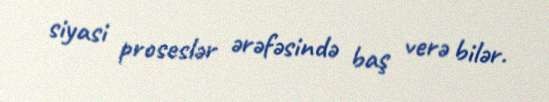
siyasi proseslər ərəfəsində baş verə bilər.